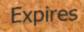
Expires